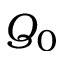
Q _ { 0 }